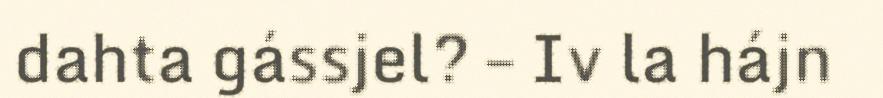
dahta gássjel? – Iv la hájn